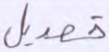
تعديل